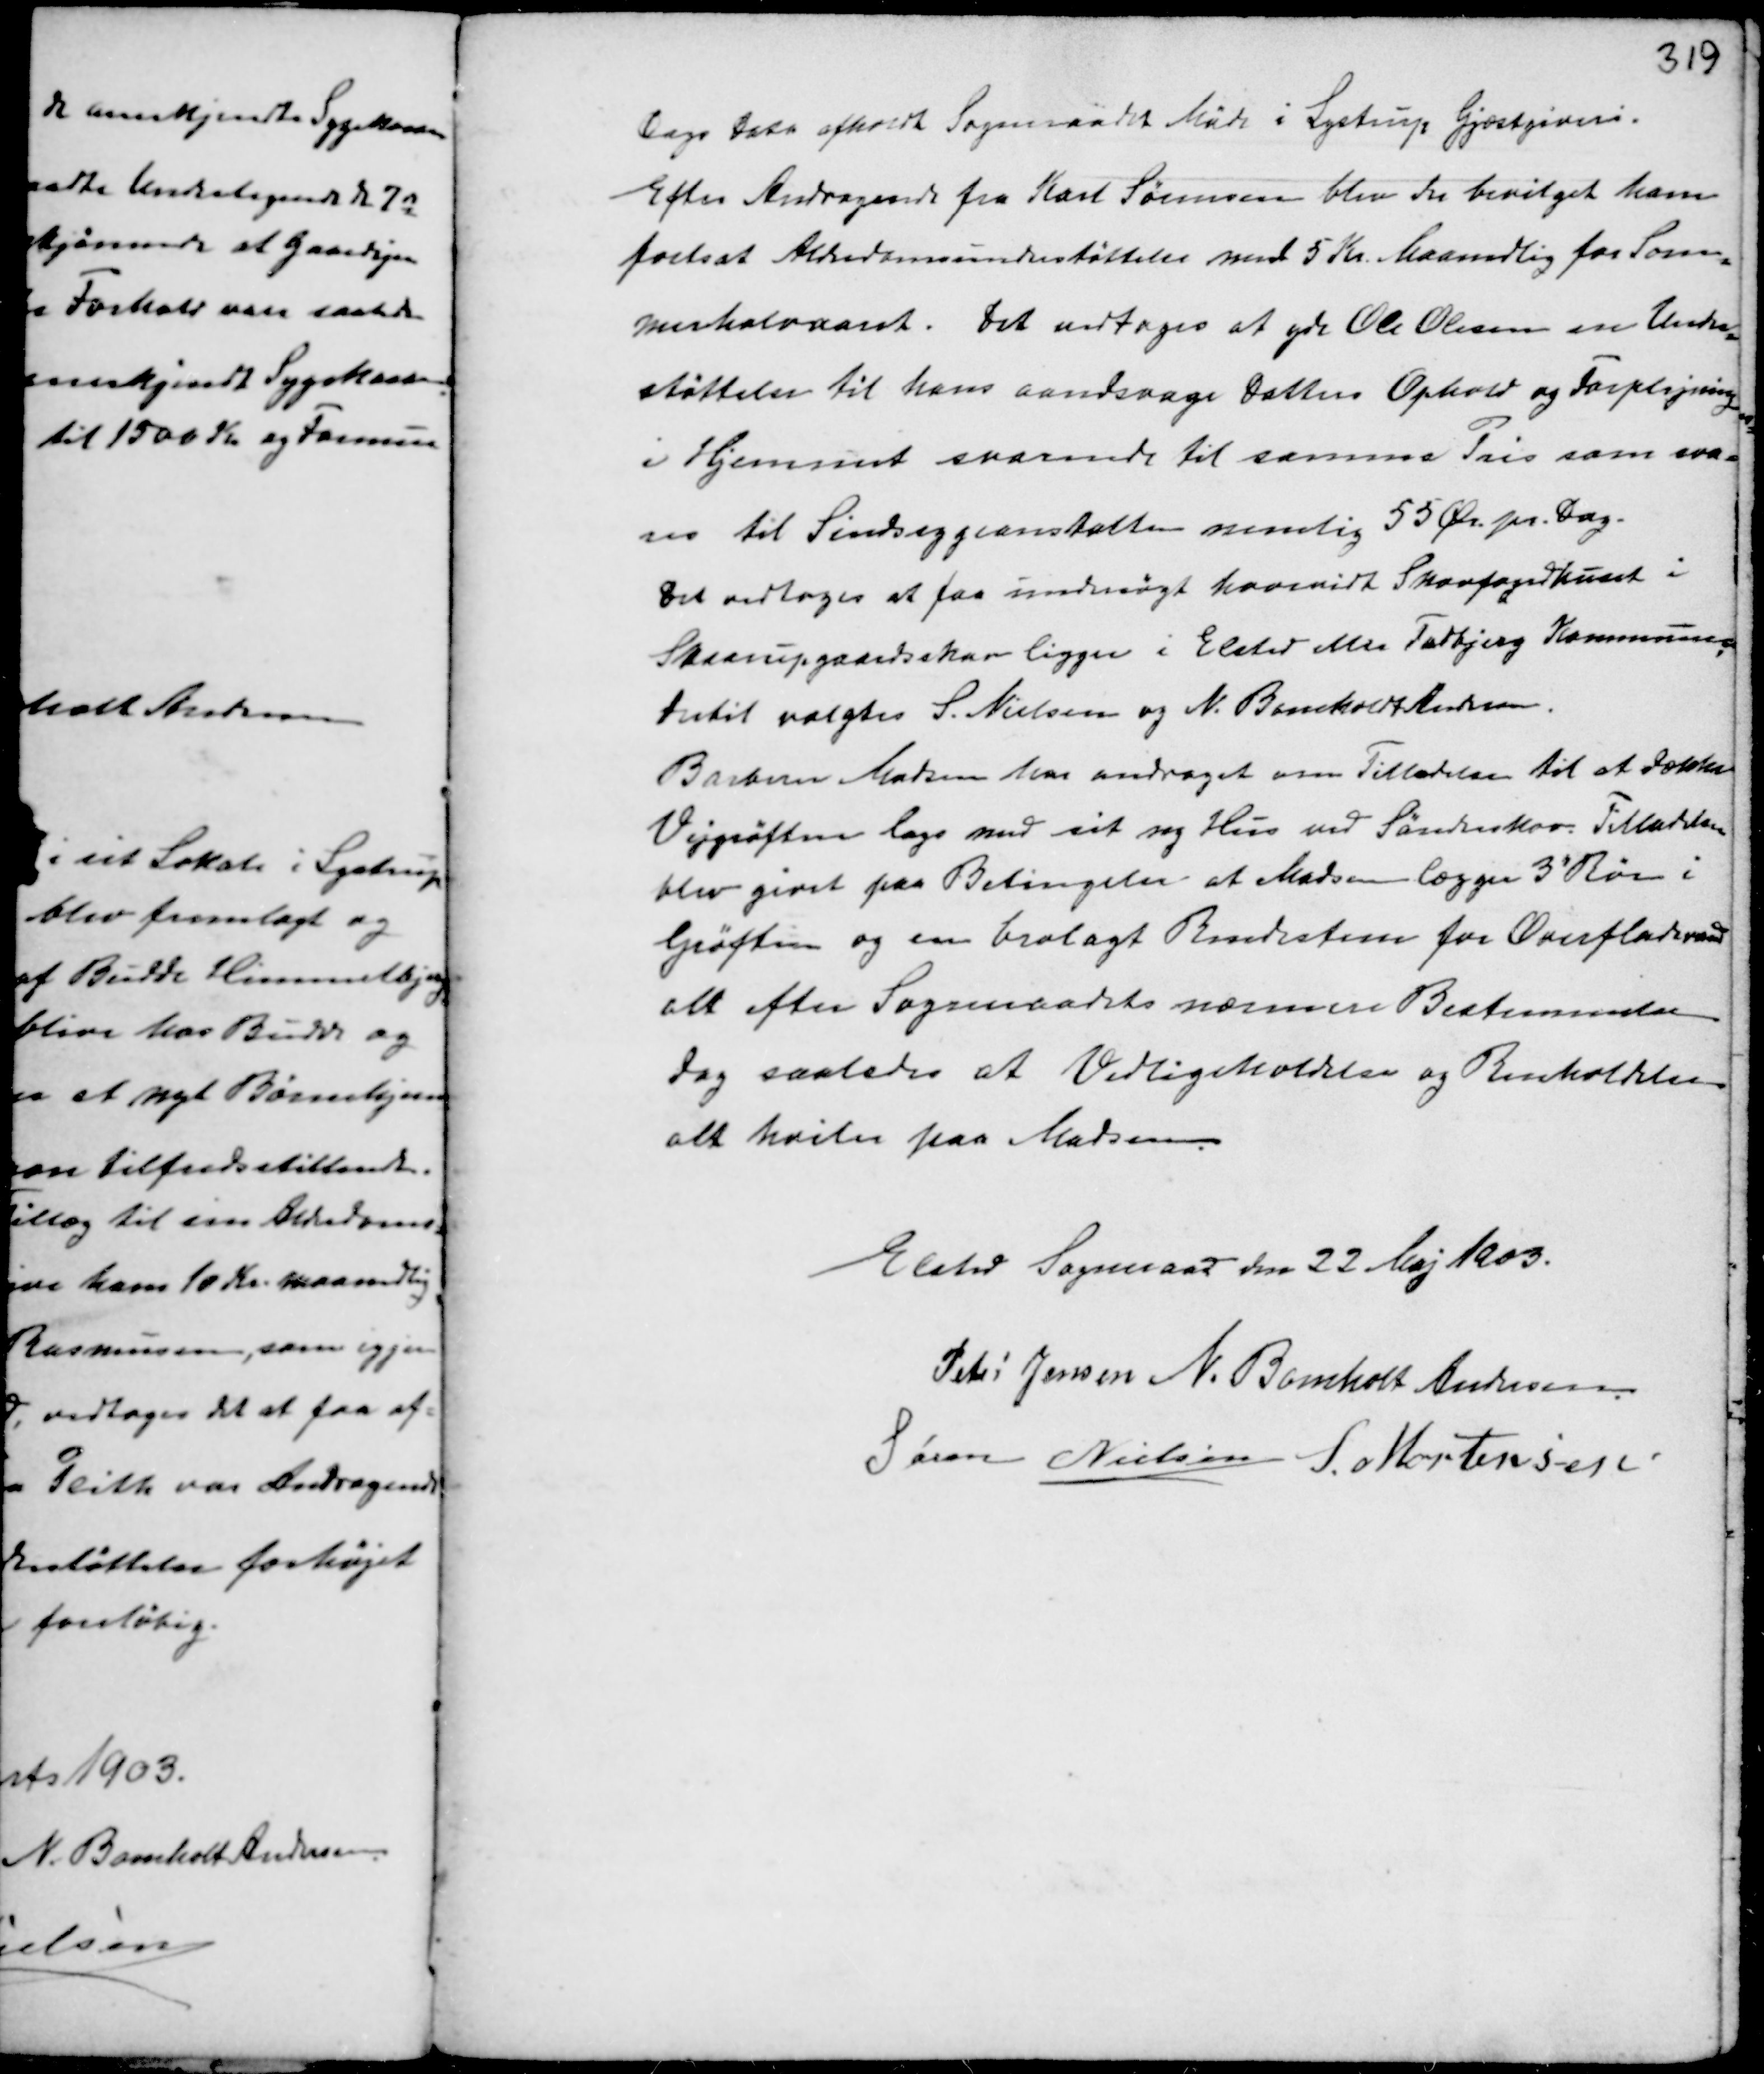
Transskription:
Dags Dato afholdt Sogneraadet Møde i Lystrup Gjæstgiveri.
Efter Andragende fra Karl Sørensen blev der bevilget ham
fortsat Alderdomsunderstøttelse med 5 Kr. Maanedlig for Som-
merhalvaaret. Det vedtoges at yde Ole Olesen en Under-
støttelse til hans aandsvage Datters Ophold og Forplejning
i Hjemmet svarende til samme Pris som sva-
res til Sindsygeanstalten nemlig 55 Ør. pr. Dag.
Det vedtoges at faa undersøgt hvorvidt Skovfogedhuset i
Skaarupgaardsskov ligger i Elsted eller Todbjerg Kommune,
dertil valgtes S. Nielsen og N. Bomholt Andersen.
Barbern Madsen har andraget om Tilladelse til at dække
Vejgrøften lags med sit Hus ved Sønderskov. Tilladelsen
blev givet paa Betingelse at Madsen lægger 3' Rør i
Grøften og en brolagt Bundsteen for Overfladevand
alt efter Sogneraadets nærmere Bestemmelse
dog saaledes at Vedligeholdelsen og Renholdelsen
alt hviler paa Madsen.

Elsted Sogneraad den 22 Maj 1903.
Peter Jensen N. Bomholt Andersen
Søren Nielsen S. Mortensen